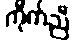
ကိုက်ညီ